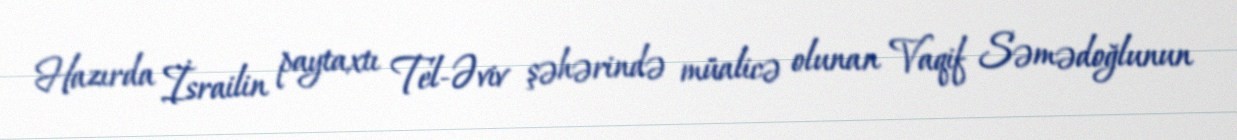
Hazırda İsrailin paytaxtı Tel-Əviv şəhərində müalicə olunan Vaqif Səmədoğlunun